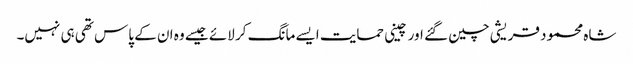
شاہ محمود قریشی چین گئے اور چینی حمایت ایسے مانگ کر لائے جیسے وہ ان کے پاس تھی ہی نہیں۔